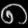
Digit: ၈